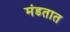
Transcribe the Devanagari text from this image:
मंडतात